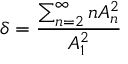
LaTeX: \delta = { \frac { \sum _ { n = 2 } ^ { \infty } n A _ { n } ^ { 2 } } { A _ { 1 } ^ { 2 } } }